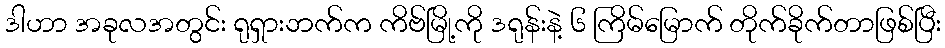
ဒါဟာ အခုလအတွင်း ရုရှားဘက်က ကိဗ်မြို့ကို ဒရုန်းနဲ့ ၆ ကြိမ်မြောက် တိုက်ခိုက်တာဖြစ်ပြီး